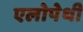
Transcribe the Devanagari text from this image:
एलोपेथी